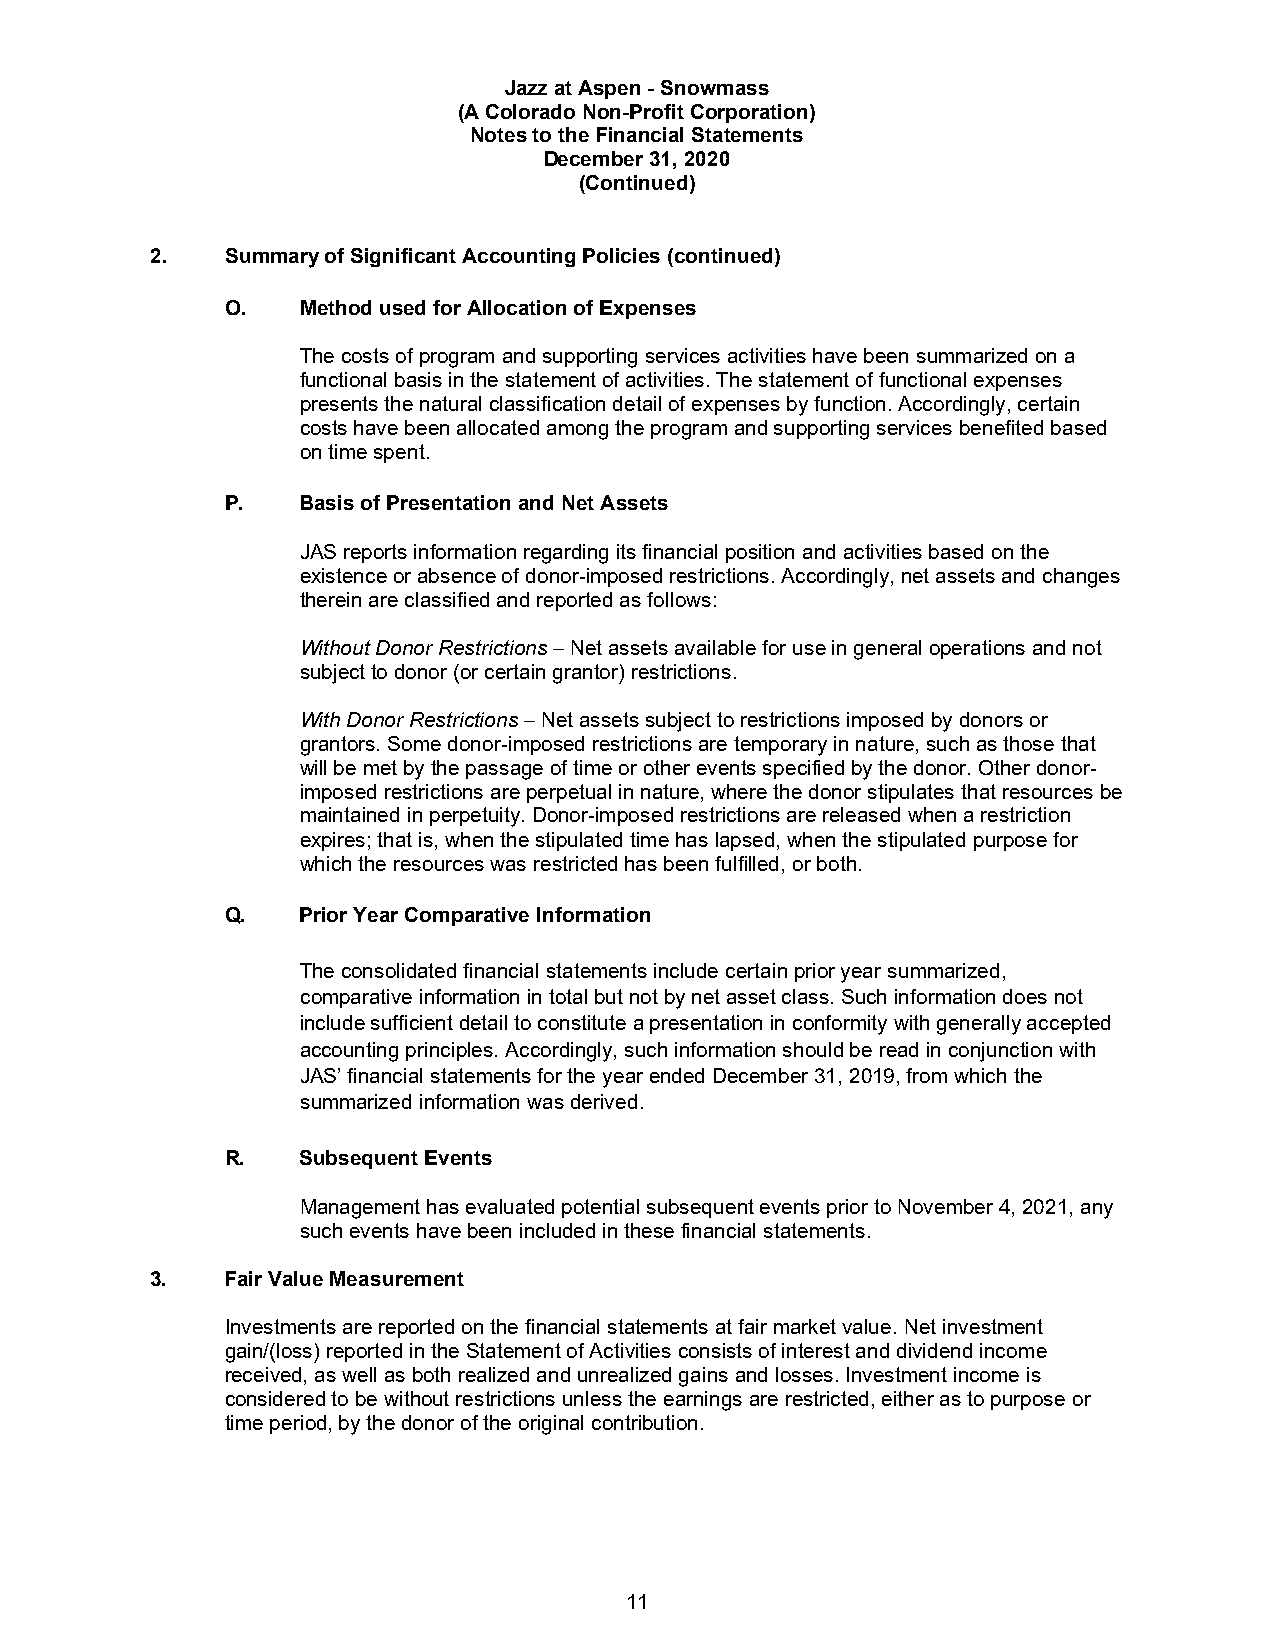
Jazz at Aspen - Snowmass
 (A Colorado Non-Profit Corporation)
 Notes to the Financial Statements
 December 31, 2020
 (Continued)
 2.   Summary of Significant Accounting Policies (continued)
 O.   Method used for Allocation of Expenses
 The costs of program and supporting services activities have been summarized on a
 functional basis in the statement of activities. The statement of functional expenses
 presents the natural classification detail of expenses by function. Accordingly, certain
 costs have been allocated among the program and supporting services benefited based
 on time spent.
 P.   Basis of Presentation and Net Assets
 JAS reports information regarding its financial position and activities based on the
 existence or absence of donor-imposed restrictions. Accordingly, net assets and changes
 therein are classified and reported as follows:
 Without Donor Restrictions – Net assets available for use in general operations and not
 subject to donor (or certain grantor) restrictions.
 With Donor Restrictions – Net assets subject to restrictions imposed by donors or
 grantors. Some donor-imposed restrictions are temporary in nature, such as those that
 will be met by the passage of time or other events specified by the donor. Other donor-
 imposed restrictions are perpetual in nature, where the donor stipulates that resources be
 maintained in perpetuity. Donor-imposed restrictions are released when a restriction
 expires; that is, when the stipulated time has lapsed, when the stipulated purpose for
 which the resources was restricted has been fulfilled, or both.
 Q.   Prior Year Comparative Information
 The consolidated financial statements include certain prior year summarized,
 comparative information in total but not by net asset class. Such information does not
 include sufficient detail to constitute a presentation in conformity with generally accepted
 accounting principles. Accordingly, such information should be read in conjunction with
 JAS’ financial statements for the year ended December 31, 2019, from which the
 summarized information was derived.
 R.   Subsequent Events
 Management has evaluated potential subsequent events prior to November 4, 2021, any
 such events have been included in these financial statements.
 3.   Fair Value Measurement
 Investments are reported on the financial statements at fair market value. Net investment
 gain/(loss) reported in the Statement of Activities consists of interest and dividend income
 received, as well as both realized and unrealized gains and losses. Investment income is
 considered to be without restrictions unless the earnings are restricted, either as to purpose or
 time period, by the donor of the original contribution.
 11